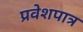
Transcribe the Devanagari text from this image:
प्रवेशपात्र